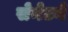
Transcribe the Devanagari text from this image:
सेनेटने